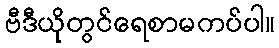
ဗီဒီယိုတွင်ရေစာမကပ်ပါ။